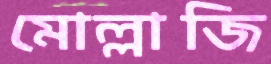
মোল্লাজি